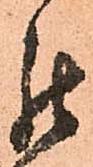
罷